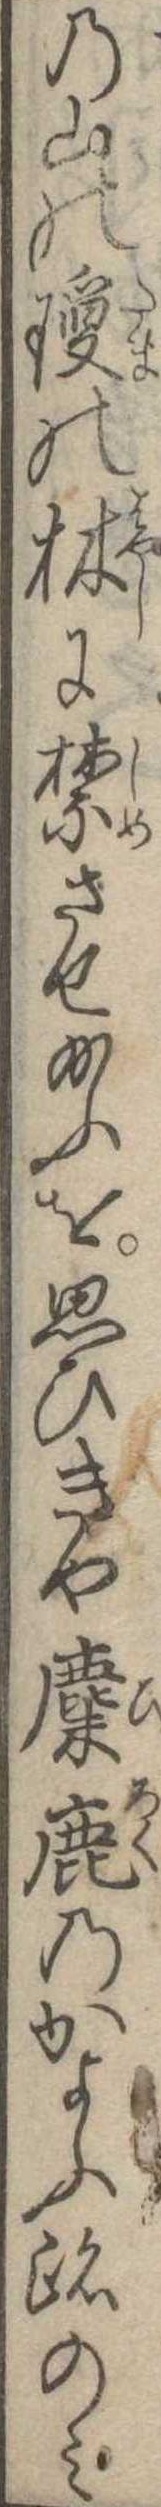
の山の瓊の林に禁させ給ふを思ひきや麋鹿のかよふ跡のみ